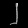
Digit: ၂